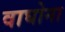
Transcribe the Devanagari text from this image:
वाघोना